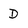
Character: D